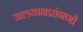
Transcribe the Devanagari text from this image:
जलयानप्रांगणों